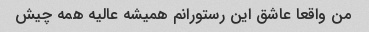
من واقعا عاشق این رستورانم همیشه عالیه همه چیش